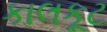
કાલકૂટ